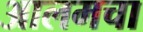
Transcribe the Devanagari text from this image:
आलमचा